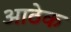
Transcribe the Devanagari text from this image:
आठेक